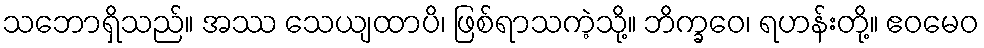
သဘောရှိသည်။ အဿ သေယျထာပိ၊ ဖြစ်ရာသကဲ့သို့။ ဘိက္ခဝေ၊ ရဟန်းတို့။ ဧဝမေဝ